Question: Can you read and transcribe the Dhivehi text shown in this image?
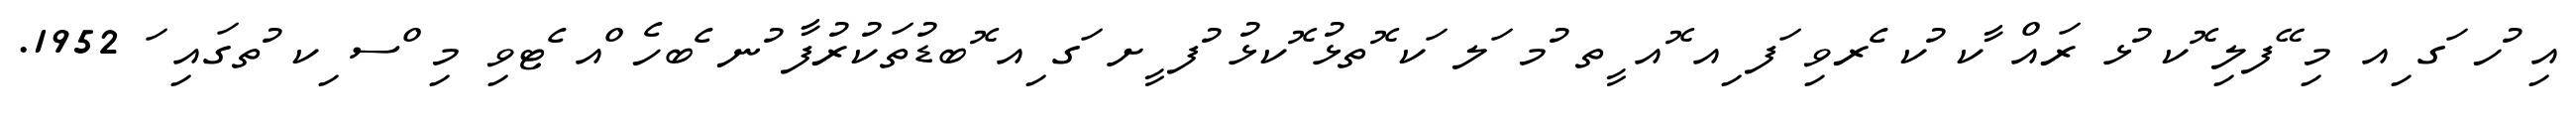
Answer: އި ުހ ަގ ިއ މި ޭފލި ޮކ ުޅ ރައް ާކ ުކ ެރވި ަފ ިއ ޮއ ީތ ުމ ަލ ަކ ޮތޅު ޮކޅު ުފ ީށ ަގ ިއ ޮބޑުތަކުރުފާ ުނ ެބހެ ްއ ެޓވި މި ްސ ިކ ުތގައި ަ 1952.